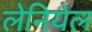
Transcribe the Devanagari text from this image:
लेनियेल